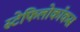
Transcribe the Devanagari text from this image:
स्टेफिलोकॉकस